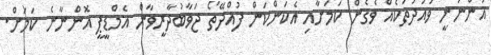
އަންނަނީ ވައުދުތަކެއް ވެގެން ކަމަށާއި އެކަންކަން ފުއްދޭތޯ ޖަވާބުދާރީވާން އެމްޑީޕީ އޮންނާނެ ކަމަށް.